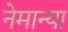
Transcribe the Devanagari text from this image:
नेमान्या